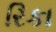
રિકા